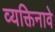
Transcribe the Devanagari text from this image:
व्यक्तिनावे